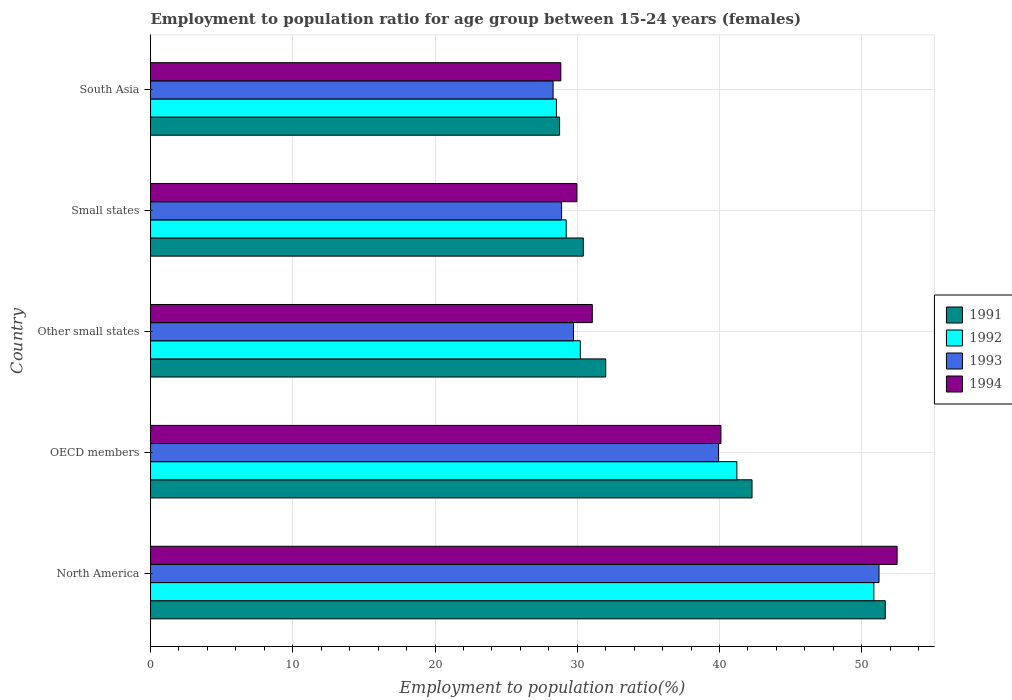
| Country | 1991 | 1992 | 1993 | 1994 |
 | --- | --- | --- | --- | --- |
 | North America | 51.7 | 50.9 | 51.2 | 52.5 |
 | OECD members | 42.3 | 41.2 | 39.9 | 40.1 |
 | Other small states | 32 | 30.2 | 29.7 | 31.1 |
 | Small states | 30.4 | 29.2 | 28.9 | 30 |
 | South Asia | 28.8 | 28.5 | 28.3 | 28.8 |